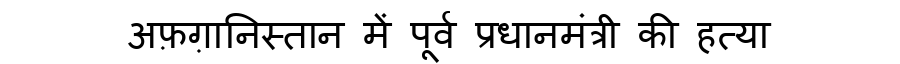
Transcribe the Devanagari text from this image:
अफ़ग़ानिस्तान में पूर्व प्रधानमंत्री की हत्या